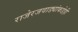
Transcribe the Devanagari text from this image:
राजेरजवाड्यांकडेही